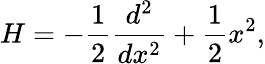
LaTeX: H=-{\frac{1}{2}}{\frac{d^{2}}{dx^{2}}}+{\frac{1}{2}}x^{2},